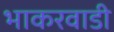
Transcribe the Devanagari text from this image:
भाकरवाडी